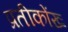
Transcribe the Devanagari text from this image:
प्रतीकोंख्‍